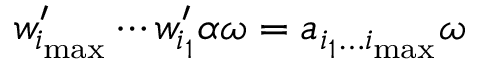
w _ { i _ { \mathrm { m a x } } } ^ { \prime } \cdots w _ { i _ { 1 } } ^ { \prime } \alpha \omega = a _ { i _ { 1 } \dots i _ { \mathrm { m a x } } } \omega